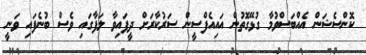
ކޮންސެޝަން އެއްބަސްވުމާ ގުޅޭގޮތުން އައިއެފްސީން ސަރުކާރަށް ދީފައިވާ ލަފާގައި ވެސް ބުނެފައި ވަނީ